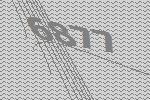
6877